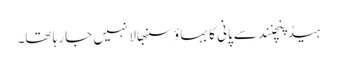
ہیڈ پنچنند سے پانی کا بہاؤ سنبھالا نہیں جا رہا تھا۔